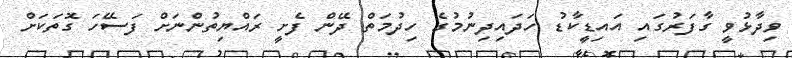
ވިދާޅުވީ ގާފަރުގައި އައިޑީކާޑު ހަދައިދިނުމުގެ ހިދުމަތް ދޭން ފެށީ ރައްޔިތުންނަށް ފަސޭހަ ގޮތަކަށް